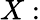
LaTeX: X: